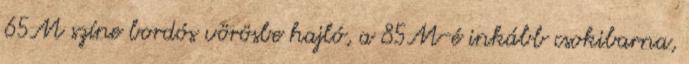
65M színe bordós vörösbe hajló, a 85M-é inkább csokibarna,